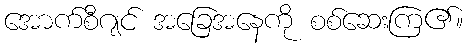
အောက်စီဂျင် အခြေအနေကို စစ်ဆေးကြ၏။